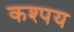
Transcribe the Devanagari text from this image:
कश्पय